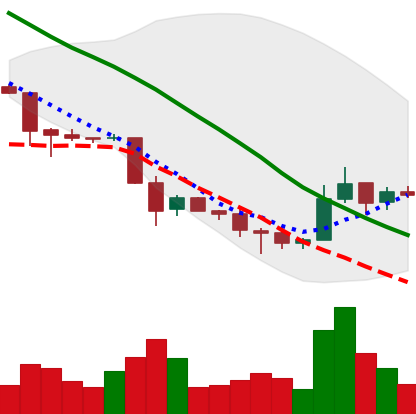
Ticker: TRX-USD
Chart end date: 2018-12-02
Forward return: -11.45%
Label: down_7plus